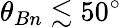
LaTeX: \theta_{Bn}\lesssim 50^{\circ}